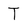
Character: T